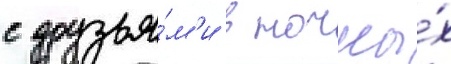
с друзья́м'и в ночны́х